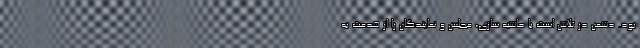
بود. دشمن در تلاش است با حاشیه سازی، مجلس و نمایندگان را از خدمت به